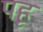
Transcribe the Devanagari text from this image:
पहृ